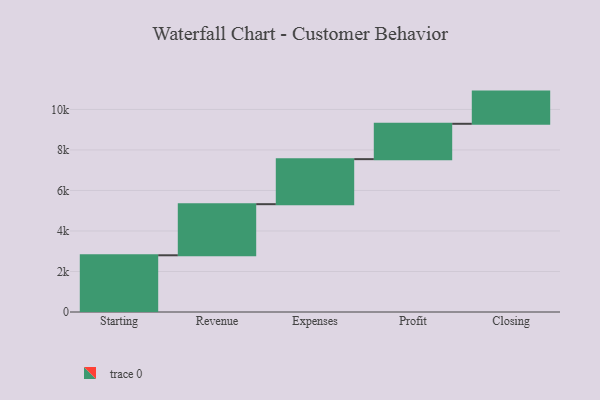
{"axis": {"x": "Step", "y": "Value"}, "legend": [""], "data": [{"x": "Starting", "y": 2800.0, "type": ""}, {"x": "Revenue", "y": 2523.0, "type": ""}, {"x": "Expenses", "y": 2223.0, "type": ""}, {"x": "Profit", "y": 1746.0, "type": ""}, {"x": "Closing", "y": 1589.0, "type": ""}]}